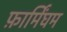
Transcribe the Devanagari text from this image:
फ़ार्मिंघम